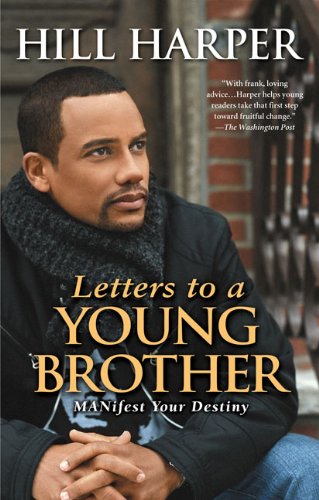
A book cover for Letters to a Young Brother: Manifest Your Destiny; Hill Harper; Teen & Young Adult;